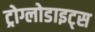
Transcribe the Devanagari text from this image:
ट्रोग्लोडाइट्स